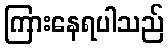
ကြားနေရပါသည်